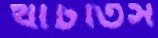
খাটতিস